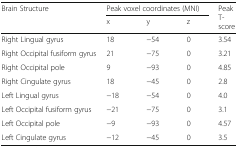
| <ROWSPAN=2> Brain Structure | <COLSPAN=3> Peak voxel coordinates (MNI) | <ROWSPAN=2> Peak T-score |
 | x | y | z |
 | --- | --- | --- | --- | --- |
 | Right Lingual gyrus | 18 | −54 | 0 | 3.54 |
 | Right Occipital fusiform gyrus | 21 | −75 | 0 | 3.21 |
 | Right Occipital pole | 9 | −93 | 0 | 4.85 |
 | Right Cingulate gyrus | 18 | −45 | 0 | 2.8 |
 | Left Lingual gyrus | −18 | −54 | 0 | 4.0 |
 | Left Occipital fusiform gyrus | −21 | −75 | 0 | 3.1 |
 | Left Occipital pole | −9 | −93 | 0 | 4.57 |
 | Left Cingulate gyrus | −12 | −45 | 0 | 3.5 |